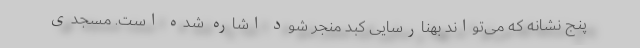
پنج نشانه که می‌تواند بهنارسایی کبد منجر شود اشاره شده است. مسجدی